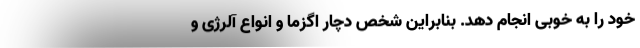
خود را به خوبی انجام دهد. بنابراین شخص دچار اگزما و انواع آلرژی و